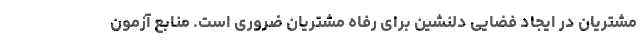
مشتریان در ایجاد فضایی دلنشین برای رفاه مشتریان ضروری است. منابع آزمون